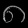
Digit: ၈